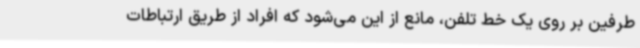
طرفین بر روی یک خط تلفن، مانع از این می‌شود که افراد از طریق ارتباطات